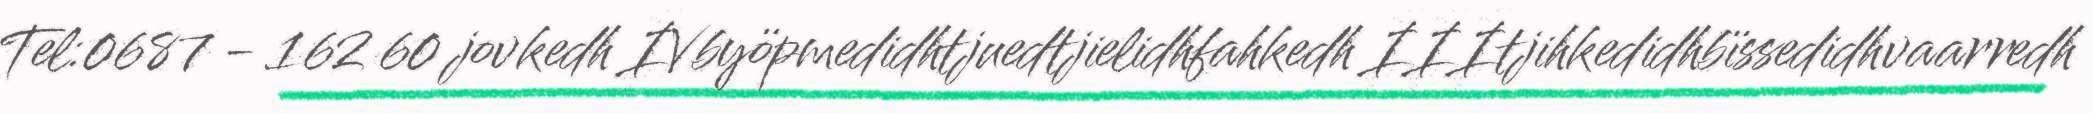
Tel:0687 - 162 60 jovkedh IVbyöpmedidhtjuedtjielidhfahkedh IIItjihkedidhbïssedidhvaarredh